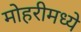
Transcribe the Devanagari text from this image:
मोहरीमध्ये